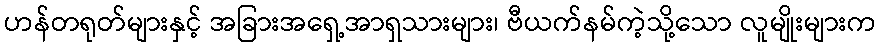
ဟန်တရုတ်များနှင့် အခြားအရှေ့အာရှသားများ၊ ဗီယက်နမ်ကဲ့သို့သော လူမျိုးများက